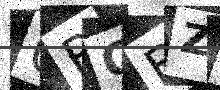
Text: 0RCBZM